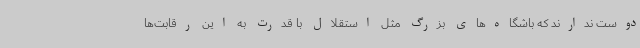
دوست ندارند که باشگاه‌های بزرگ مثل استقلال با قدرت به این رقابت‌ها